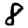
Digit: 8